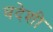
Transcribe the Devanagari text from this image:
वदेशी